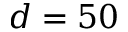
d = 5 0